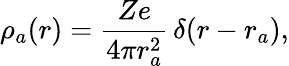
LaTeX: \rho_{a}(r)=\frac{Ze}{4\pi r_{a}^{2}}\, \delta(r-r_{a}),